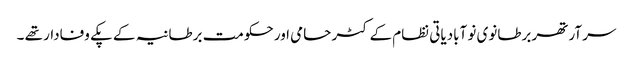
سر آرتھر برطانوی نو آبادیاتی نظام کے کٹر حامی اور حکومت برطانیہ کے پکے وفادار تھے ۔